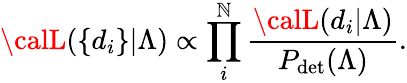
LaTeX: {\calL}(\{ d_{i}\} |\Lambda)\propto\prod_{i}^{\mathbb{N}}\frac{{{\calL}(d_{i}|\Lambda)}}{{P_{\mathrm{{det}}}(\Lambda)}}.